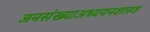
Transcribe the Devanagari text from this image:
जनसंख्याअध्ययनशास्त्र